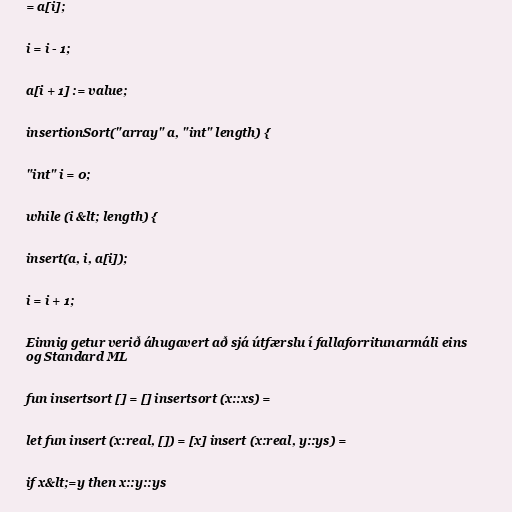
= a[i];

i = i - 1;

a[i + 1] := value;

insertionSort("array" a, "int" length) {

"int" i = 0;

while (i &lt; length) {

insert(a, i, a[i]);

i = i + 1;

Einnig getur verið áhugavert að sjá útfærslu í fallaforritunarmáli eins
og Standard ML

fun insertsort [] = [] insertsort (x::xs) =

let fun insert (x:real, []) = [x] insert (x:real, y::ys) =

if x&lt;=y then x::y::ys